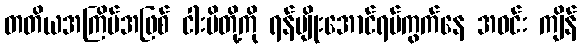
တတိယအကြိမ်အဖြစ် ငါးပိတို့ကို ရန်မျိုးအောင်ရပ်ကွက်နေ အဝင်း ကျိန်